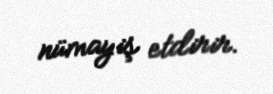
nümayiş etdirir.